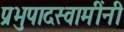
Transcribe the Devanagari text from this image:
प्रभुपादस्वामींनी